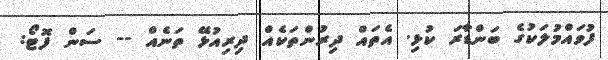
ފުވައްމުލަކުގެ ބަންޑާރަ ކުޅި. އެތައް ދިރުންތަކެއް ދިރިއުޅޭ ތަނެއް -- ސަން ފޮޓޯ: